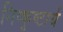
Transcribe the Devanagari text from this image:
निष्कृष्टार्थ